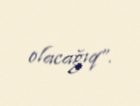
olacağıq”.